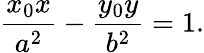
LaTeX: {\frac{x_{0}x}{a^{2}}}-{\frac{y_{0}y}{b^{2}}}=1.